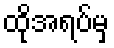
ထိုအရပ်မှ